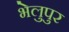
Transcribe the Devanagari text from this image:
भेलुपुर